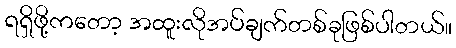
ရရှိဖို့ကတော့ အထူးလိုအပ်ချက်တစ်ခုဖြစ်ပါတယ်။